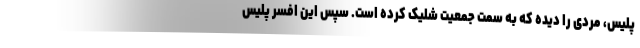
پلیس، مردی را دیده که به سمت جمعیت شلیک کرده است. سپس این افسر پلیس